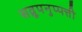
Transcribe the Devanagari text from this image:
सव्रूपनुप्पत्ती